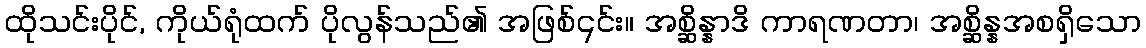
ထိုသင်းပိုင်, ကိုယ်ရုံထက် ပိုလွန်သည်၏ အဖြစ်၎င်း။ အစ္ဆိန္နာဒိ ကာရဏတာ၊ အစ္ဆိန္နအစရှိသော